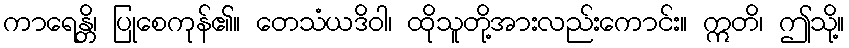
ကာရေန္တိ၊ ပြုစေကုန်၏။ တေသံယဒိဝါ၊ ထိုသူတို့အားလည်းကောင်း။ ဣတိ၊ ဤသို့။